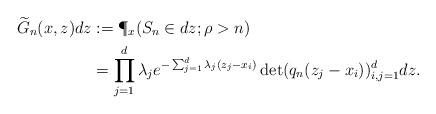
LaTeX: \begin{align*}\widetilde G_n(x,z)dz & :=\P_x(S_n \in dz; \rho > n) \\& = \prod_{j=1}^d \lambda_j e^{-\sum_{j=1}^d \lambda_j(z_j - x_i)} \det(q_n(z_j - x_i))_{i, j = 1}^d dz.\end{align*}